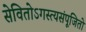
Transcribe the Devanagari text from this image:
सेवितोऽगस्त्यसंपूजितो